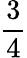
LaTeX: \frac 34